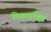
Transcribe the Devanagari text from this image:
मिश्रणरहित